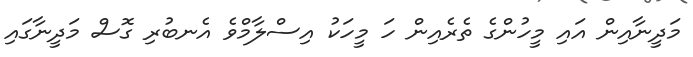
މަދީނާއިން އައި މީހުންގެ ތެރެއިން ހަ މީހަކު އިސްލާމްވެ އެނބުރި ގޮސް މަދީނާގައި